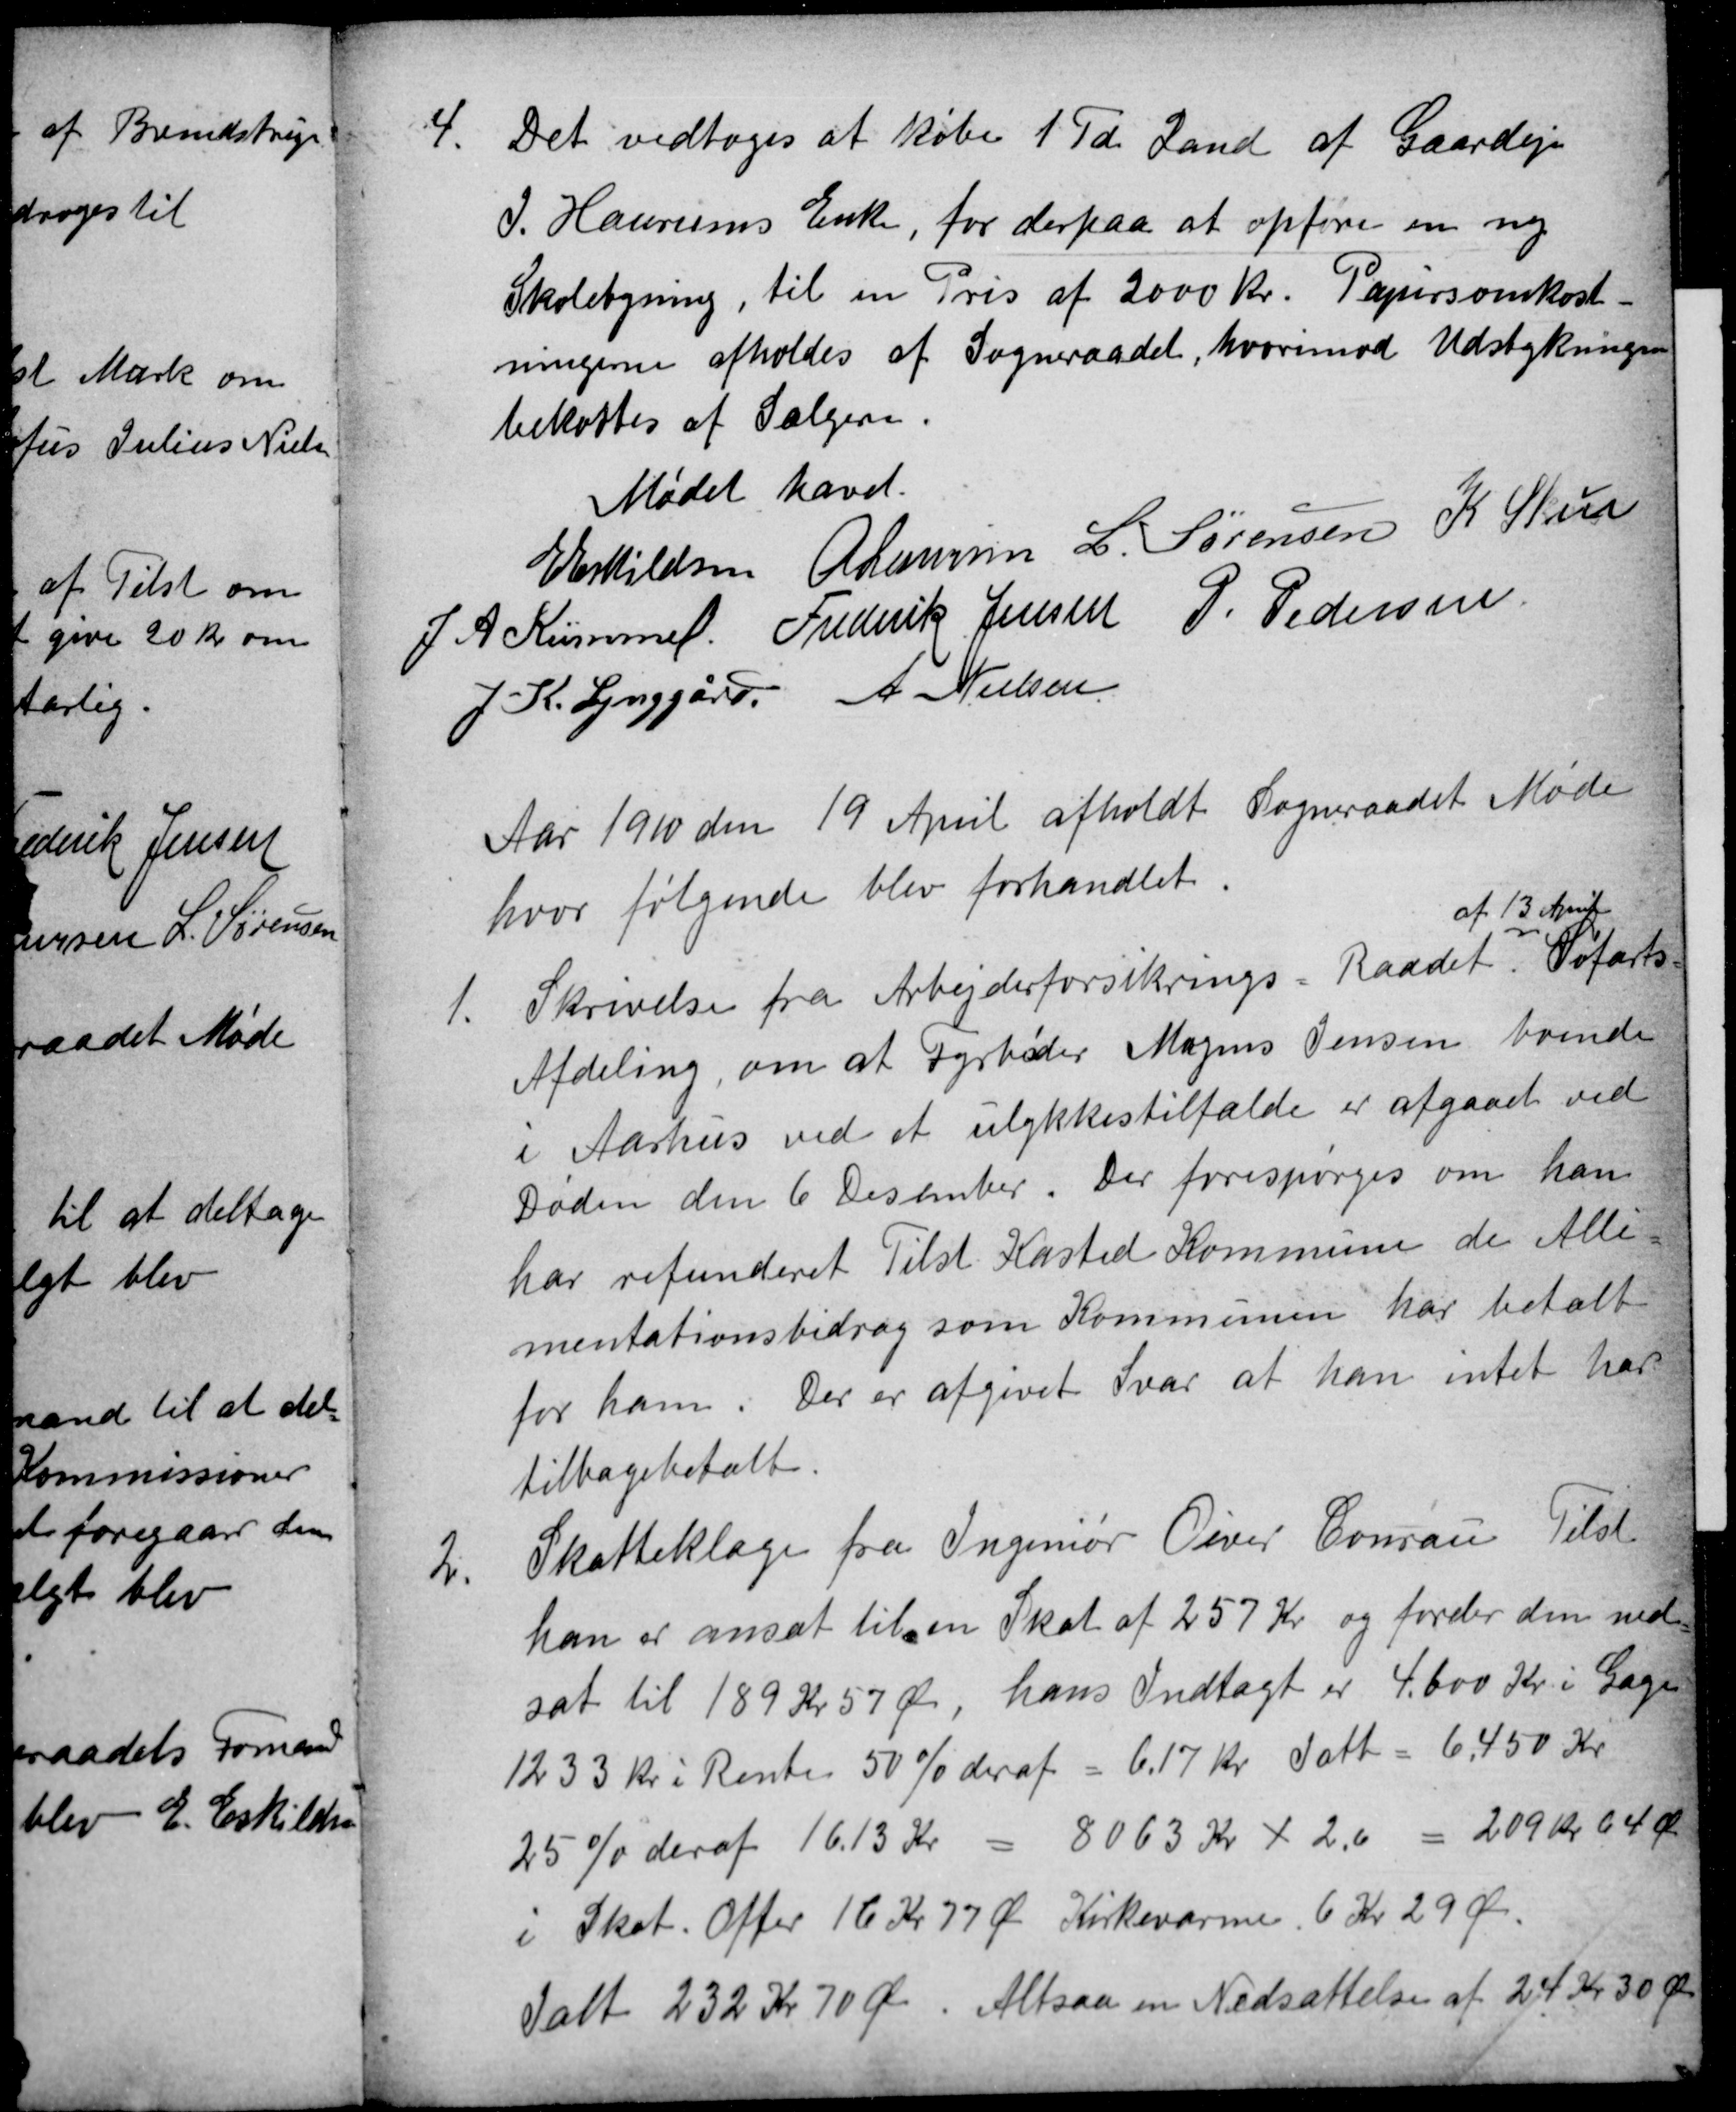
Transskription:
4.
Det vedtoges at købe 1 Td. Land af Gaardejer
J. Haurums Enke, for derpaa at opføre en ny
Skolebygning, til en Pris af 2000 Kr. Papirsomkost-
ningerne afholdes af Sogneraadet, hvorimod Udstykningen
bekostes af Sælgeren.
Mødet hævet.
E Eskildsen A Laursen L. Sørensen K Skou
J. A. Kümmel. Frederik Jensen P. Pedersen
J. K. Lynggård A Nielsen
Aar 1910 den 19 April afholdt Sogneraadet Møde
hvor følgende blev forhandlet
1.
Skrivelse fra Arbejderforsikrings-Raadet
af 13 April
Søfarts-
Afdeling, om at Fyrbøder Mogens Jensen boende
i Aarhus ved et ulykkestilfælde er afgaaet ved
Døden den 6 Desember. Der forespørges om han
har refunderet Tilst Kasted Kommun de Alli-
mentationsbidrag som Kommunen har betalt
for ham. Der er afgivet Svar at han intet har
tilbagebetalt.
2.
Skatteklage fra Ingeniør Oliver Conrau Tilst
han er ansat til en Skat af 257 Kr og forder den ned
sat til 189 Kr. 57 Øre, hans Indtægt er 4.600 Kr. i Gage
1233 kr i Rente 50 % deraf = 6.17 Kr. Ialt = 6.450 Kr
25 % deraf 16.13 Kr = 8063 Kr x 2,6 = 209 Kr 64 Ør
i Skat. Offer 16 Kr 77 Øre Kirkevarme. 6 Kr 29 Ør.
Ialt 232 Kr 70 Ø. Altsaa en Nedsættelse af 24 Kr 30 Øre